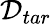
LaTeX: \mathcal{D}_{tar}